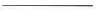
___